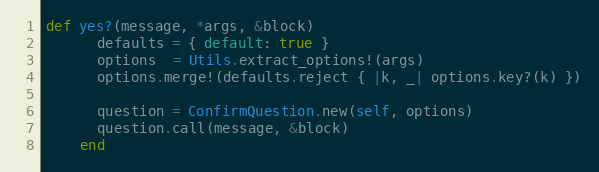
Language: Ruby
def yes?(message, *args, &block)
      defaults = { default: true }
      options  = Utils.extract_options!(args)
      options.merge!(defaults.reject { |k, _| options.key?(k) })

      question = ConfirmQuestion.new(self, options)
      question.call(message, &block)
    end